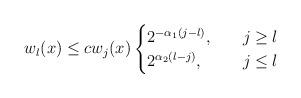
LaTeX: \begin{align*} w_l(x)\leq cw_j(x)\begin{cases} 2^{-\alpha_1(j-l)},\quad&j\geq l\\ 2^{\alpha_2(l-j)},&j\leq l \end{cases}\end{align*}